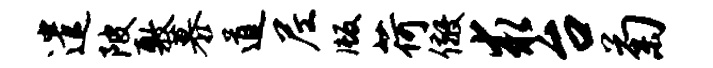
遣陂敷慕道尼版荷儆求台菊